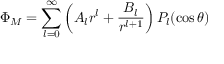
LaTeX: \Phi _ { M } = \sum _ { l = 0 } ^ { \infty } \left( A _ { l } r ^ { l } + { \frac { B _ { l } } { r ^ { l + 1 } } } \right) P _ { l } ( \cos \theta )